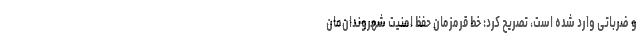
و ضرباتی وارد شده است، تصریح کرد: خط قرمزمان حفظ امنیت شهروندان‌مان